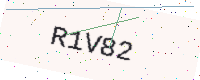
Text: R1V82